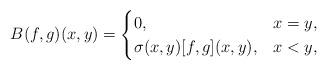
LaTeX: \begin{align*}B(f,g)(x,y)=\begin{cases}0, & x=y,\\\sigma(x,y)[f,g](x,y), & x<y,\end{cases}\end{align*}